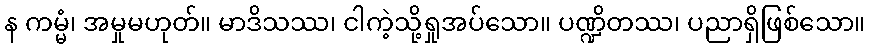
န ကမ္မံ၊ အမှုမဟုတ်။ မာဒိသဿ၊ ငါကဲ့သို့ရှုအပ်သော။ ပဏ္ဍိတဿ၊ ပညာရှိဖြစ်သော။